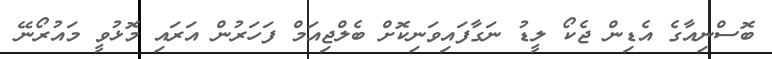
ބޮސްނިއާގެ އެޑިން ޖެކޯ ލީޑު ނަގާފައިވަނިކޮށް ބެލްޖިއަމް ފަހަރުން އަރައި މޮޅުވީ މައުރޯނޭ